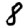
Digit: 8